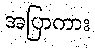
အပြာကား